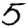
Digit: 5